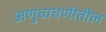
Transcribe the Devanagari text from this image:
अणुचाचणीतील